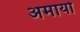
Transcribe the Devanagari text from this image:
अमायो